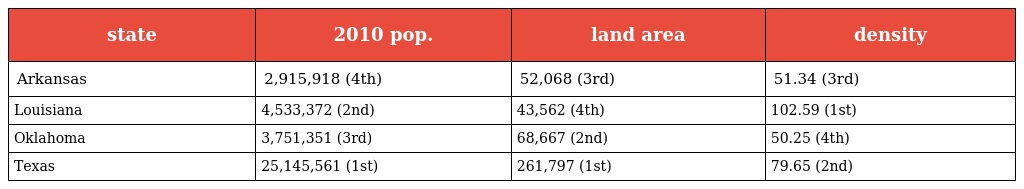
| state | 2010 pop. | land area | density |
 | --- | --- | --- | --- |
 | Arkansas | 2,915,918 (4th) | 52,068 (3rd) | 51.34 (3rd) |
 | Louisiana | 4,533,372 (2nd) | 43,562 (4th) | 102.59 (1st) |
 | Oklahoma | 3,751,351 (3rd) | 68,667 (2nd) | 50.25 (4th) |
 | Texas | 25,145,561 (1st) | 261,797 (1st) | 79.65 (2nd) |